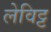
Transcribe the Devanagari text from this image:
लेविट्ट